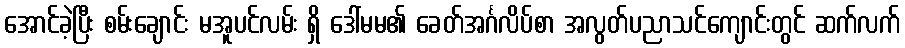
အောင်ခဲ့ပြီး စမ်းချောင်း မအူပင်လမ်း ရှိ ဒေါ်မမ၏ ခေတ်အင်္ဂလိပ်စာ အလွတ်ပညာသင်ကျောင်းတွင် ဆက်လက်